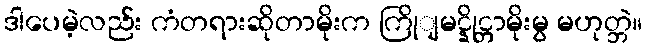
ဒါပေမဲ့လည်း ကံတရားဆိုတာမိုးက ကြိုျမင္နိုင္တာမိုးမွ မဟုတ္ဘဲ။